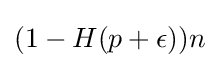
(1-H(p+\epsilon ))n